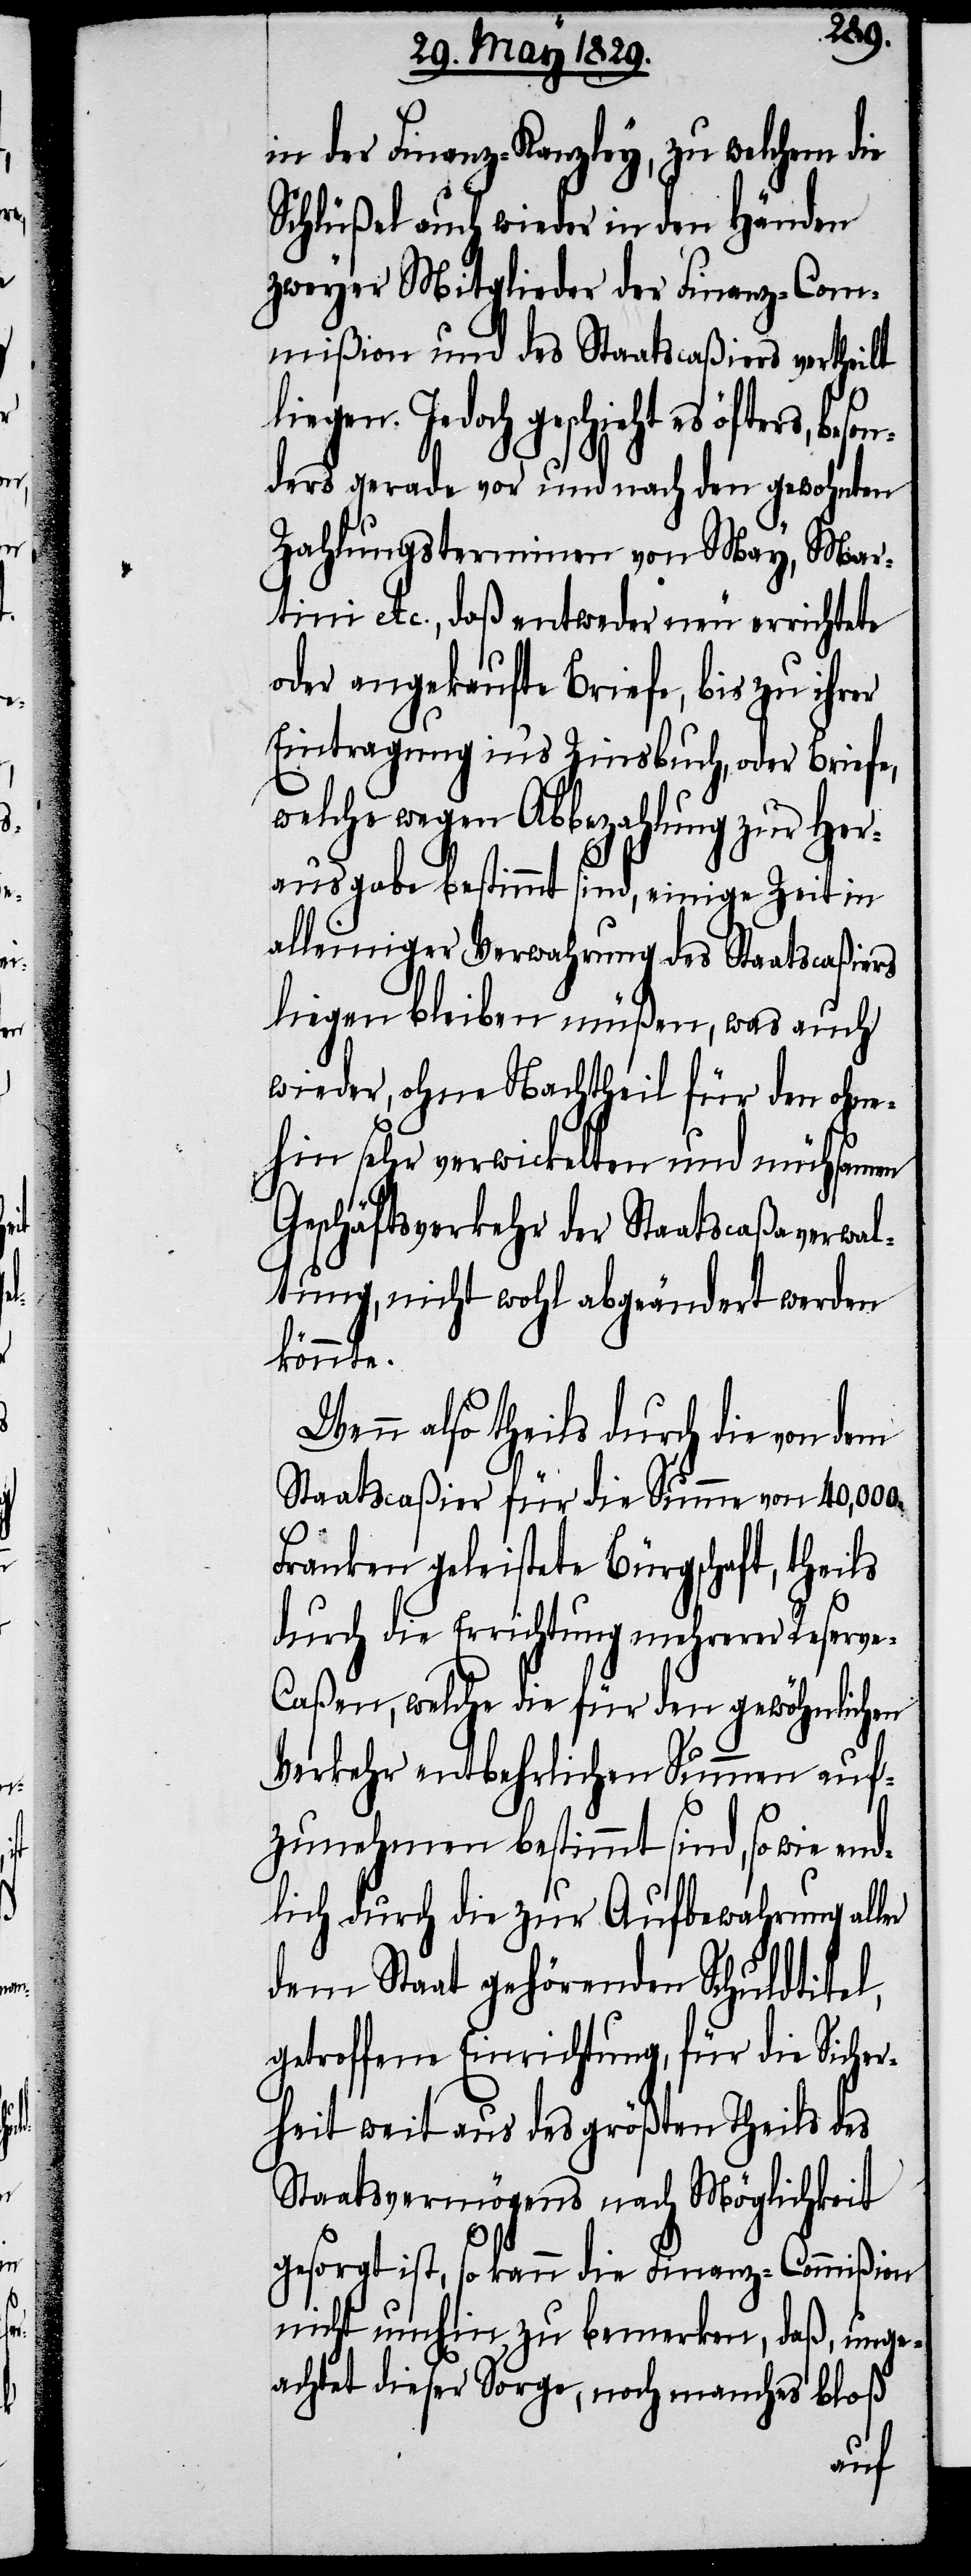
s,

beson¬
in der Finanz-Kanzley, zu welchem die
Schlüßel auch wieder in den Händen
zweyer Mitglieder der Finanz-Com¬
mißion und des Staatscaßiers vertheilt
liegen. Jedoch geschieht es öfter¬
ders gerade vor und nach den gewohnten
Zahlungsterminen von May, Mar¬
tini etc. daß entweder neu errichtete
oder angekaufte Briefe, bis zu ihrer
Eintragung in’s Zinsbuch, oder Briefe,
welche wegen Abbezahlung zur Her¬
ausgabe bestimmt sind, einige Zeit in
alleiniger Verwahrung des Staatscaßiers
liegen bleiben müßen, was auch
wieder, ohne Nachtheil für den ohne¬
hin sehr verwickelten und mühsamen
Geschäftsverkehr der Staatscaßaverwal¬
tung, nicht wohl abgeändert werden
könnte.
Wenn also theils durch die von dem
Staatscaßier für die Summe von 40,000.
Franken geleistete Bürgschaft, theils
durch die Errichtung mehrerer Reserv¬
e-Caßen, welche die für den gewöhnlichen
Verkehr entbehrlichen Summen auf¬
zunehmen bestimmt sind, so wie end¬
lich durch die zur Aufbewahrung aller
dem Staat gehörenden Schuldtitel,
getroffene Einrichtung, für die Sicher¬
heit weit aus des größten Theils des
Staatsvermögens nach Möglichkeit
gesorgt ist, so kann die Finanz-Commißion
nicht umhin zu bemerken, daß, unge¬
achtet dieser Sorge, noch manches bloß